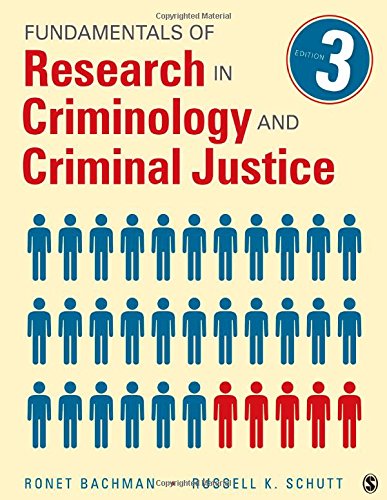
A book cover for Fundamentals of Research in Criminology and Criminal Justice; Ronet D. Bachman; Politics & Social Sciences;